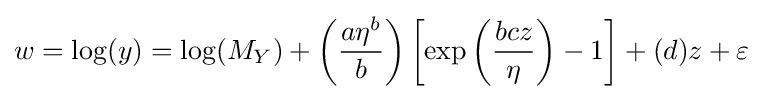
w=\log(y)=\log(M_{Y})+\left({\frac {a\eta ^{b}}{b}}\right)\left[\exp \left({\frac {bcz}{\eta }}\right)-1\right]+(d)z+\varepsilon